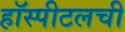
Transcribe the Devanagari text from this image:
हॉस्पीटलची